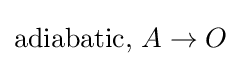
\mathrm {adiabatic} ,\,{A\to O}